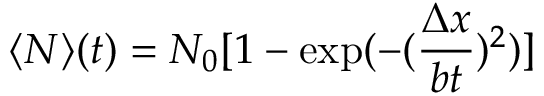
\langle N \rangle ( t ) = N _ { 0 } [ 1 - \exp ( - ( \frac { \Delta x } { b t } ) ^ { 2 } ) ]